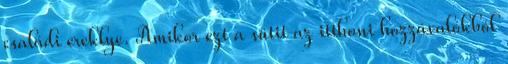
családi ereklye. Amikor ezt a sütit az itthoni hozzávalókból